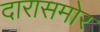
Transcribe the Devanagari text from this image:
दारासमोर